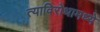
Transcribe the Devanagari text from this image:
त्याविरोधामध्ये